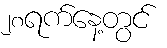
၂၈ရက်နေ့တွင်